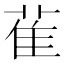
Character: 雈